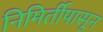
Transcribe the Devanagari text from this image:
निमिर्तीपासून